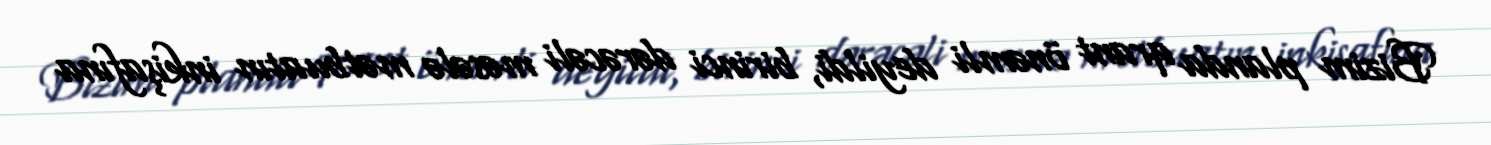
Bizim planda qrant önəmli deyildi, birinci dərəcəli məsələ mətbuatın inkişafına